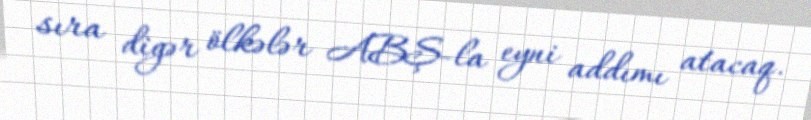
sıra digər ölkələr ABŞ-la eyni addımı atacaq.